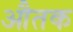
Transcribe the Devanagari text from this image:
औतक